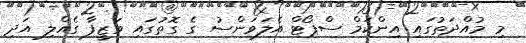
މި މުއްދަތުގައި އިންކަމް ސްޕޯޓް އެލަވަންސު ގެ ގޮތުގައި ވަޒީފާ ގެއްލި އަދި